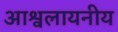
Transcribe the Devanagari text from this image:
आश्वलायनीय